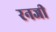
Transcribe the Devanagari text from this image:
रनजी